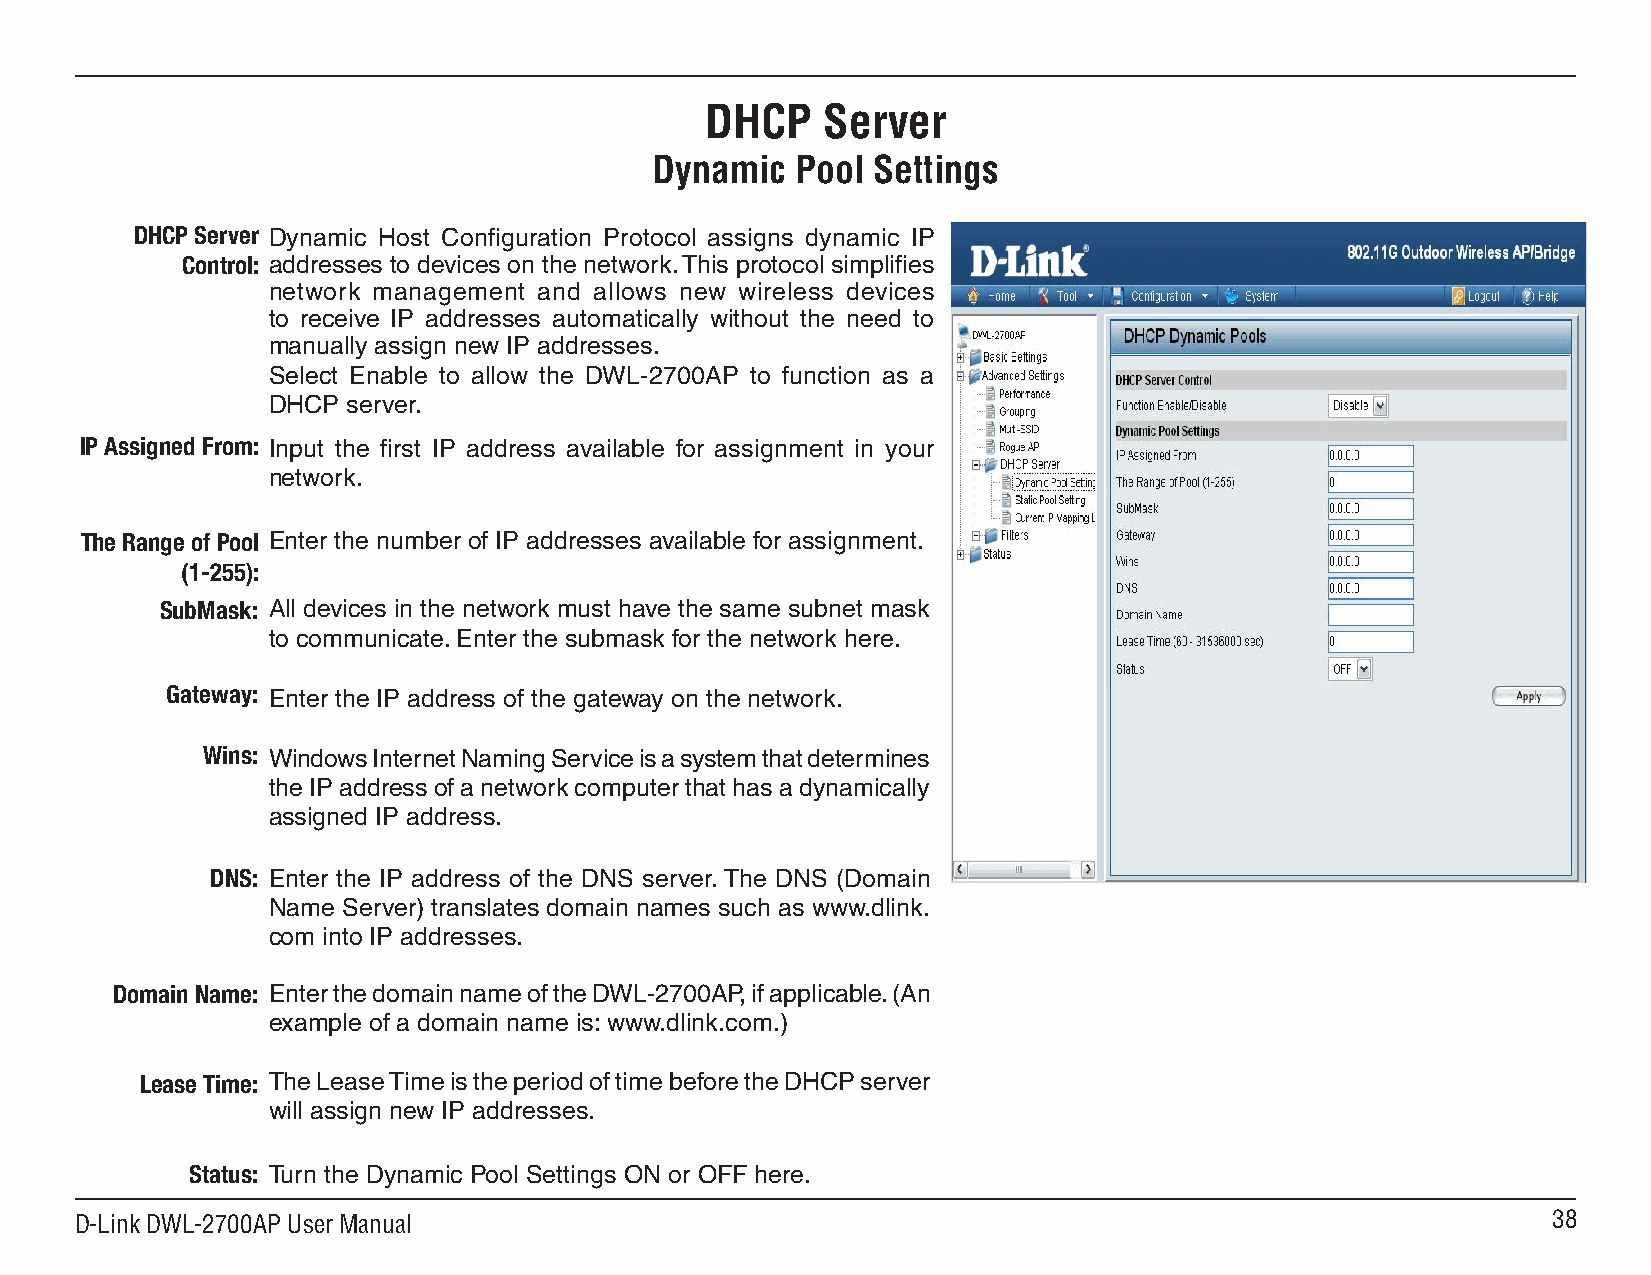
DHCP   Server
 Dynamic   Pool Settings
 DHCP Server Dynamic Host Configuration Protocol assigns dynamic IP
 Control: addresses to devices on the network. This protocol simplifies
 network management and allows new wireless devices
 to receive IP addresses automatically without the need to
 manually assign new IP addresses.
 Select Enable to allow the DWL-2700AP to function as a
 DHCP server.
 IP Assigned From: Input the first IP address available for assignment in your
 network.
 The Range of Pool Enter the number of IP addresses available for assignment.
 (1-255):
 SubMask: All devices in the network must have the same subnet mask
 to communicate. Enter the submask for the network here.
 Gateway: Enter the IP address of the gateway on the network.
 Wins: Windows Internet Naming Service is a system that determines
 the IP address of a network computer that has a dynamically
 assigned IP address.
 DNS: Enter the IP address of the DNS server. The DNS (Domain
 Name Server) translates domain names such as www.dlink.
 com into IP addresses.
 Domain Name: Enter the domain name of the DWL-2700AP, if applicable. (An
 example of a domain name is: www.dlink.com.)
 Lease Time: The Lease Time is the period of time before the DHCP server
 will assign new IP addresses.
 Status: Turn the Dynamic Pool Settings ON or OFF here.
 D-Link DWL-2700AP User Manual                                                                     8